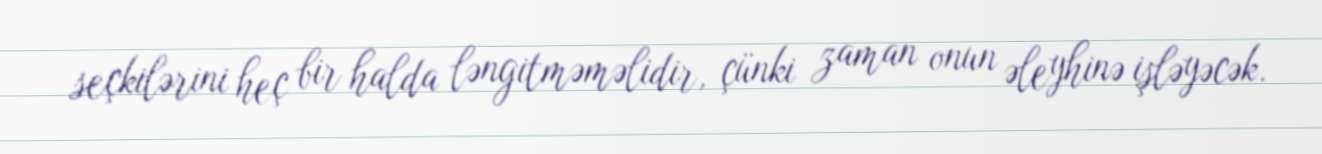
seçkilərini heç bir halda ləngitməməlidir, çünki zaman onun əleyhinə işləyəcək.